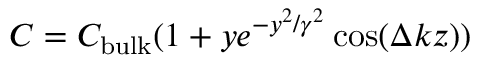
C = C _ { \mathrm { b u l k } } ( 1 + y e ^ { - y ^ { 2 } / \gamma ^ { 2 } } \cos ( \Delta k z ) )